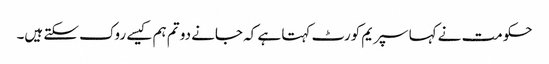
حکومت نے کہا سپریم کورٹ کہتا ہے کہ جانے دو تم ہم کیسے روک سکتے ہیں۔